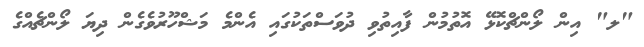
"ލ" އިން ލޯންޗްކޮޅޭ އޮތުމުން ފާއިތުވި ދުވަސްތަކުގައި އެންމެ މަޝްހޫރުވެގެން ދިޔަ ލޯންޗެއްގެ